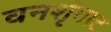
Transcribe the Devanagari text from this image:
वनशृंगाट